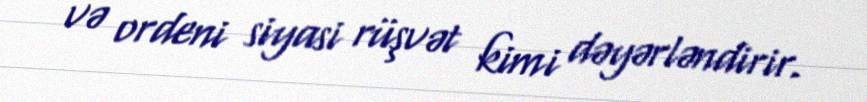
və ordeni siyasi rüşvət kimi dəyərləndirir.